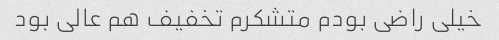
خیلی راضی بودم متشکرم تخفیف هم عالی بود